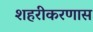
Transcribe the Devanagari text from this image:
शहरीकरणास